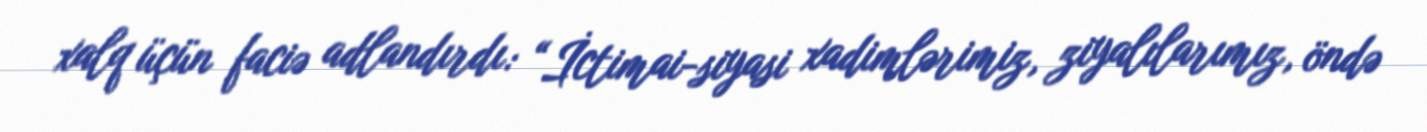
xalq üçün faciə adlandırdı: “İctimai-siyasi xadimlərimiz, ziyalılarımız, öndə